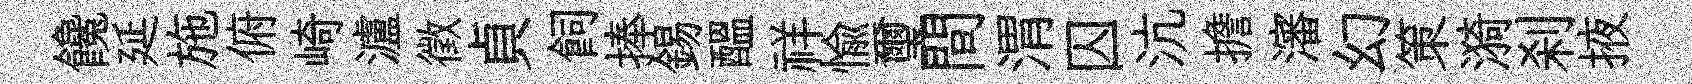
饞延施俯崎瀘徵貞飼捧錫醖祥愉璽間渭囚沆擔瀋幻策漪刹掖